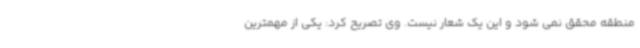
منطقه محقق نمی شود و این یک شعار نیست. وی تصریح کرد: یکی از مهمترین